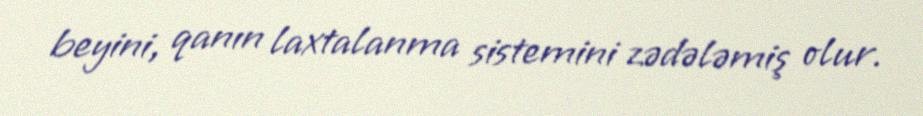
beyini, qanın laxtalanma sistemini zədələmiş olur.